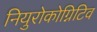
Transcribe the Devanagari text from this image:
नियुरोकोग्निटिव